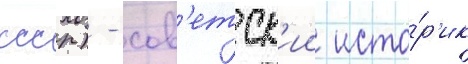
ссср) - сов'етск'ии исто́р'ик